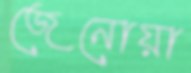
জেনোয়া